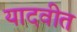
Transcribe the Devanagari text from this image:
यादवीत